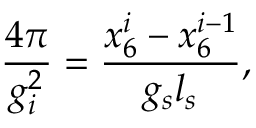
\frac { 4 \pi } { g _ { i } ^ { 2 } } = \frac { x _ { 6 } ^ { i } - x _ { 6 } ^ { i - 1 } } { g _ { s } l _ { s } } ,